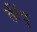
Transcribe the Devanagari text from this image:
हींदु